system: You are a helpful assistant.
user:
Analyze the provided spectrum to determine if it is a **White Dwarf (WD)**.

A White Dwarf spectrum is defined by its **extreme purity** (due to gravitational settling) and/or **extreme pressure broadening** (due to high surface gravity). You must check for one of the following mutually exclusive signatures:

- **Key Visual Indicators (Check for ONE of these types):**

    - **1. DA-Type Signature (Most Common):**
        - **(Primary Feature):** Extreme pressure broadening (Stark broadening) of the **Hydrogen (H) Balmer lines**.
        - **(Key Lines):** $H\beta$ (approx. $4861$ Å) and $H\gamma$ (approx. $4340$ Å). $H\alpha$ (approx. $6563$ Å) will also be present if the wavelength range covers it.
        - **(Line Profile):** This is the **defining feature**. The lines are **NOT** sharp. They appear as massive, **extremely broad and deep "troughs" or "dips"** in the spectrum, often hundreds of Ångströms wide. The continuum will appear to "scoop" down at these wavelengths.
        - **(Distinction):** Normal A-type or B-type stars have *narrow* and *sharp* Hydrogen lines. A DA White Dwarf's lines are unmistakably "smeared" or "blurry" from pressure.

    - **2. DB-Type Signature:**
        - **(Primary Feature):** Broad absorption lines from **Neutral Helium (He I)**. The spectrum must lack any visible Hydrogen lines.
        - **(Key Lines):** Look for broad absorption near $4471$ Å, $4921$ Å, and $5876$ Å.
        - **(Line Profile):** These lines are also significantly pressure-broadened, appearing much wider than they would in a normal B-type main-sequence star.

    - **3. DC-Type Signature:**
        - **(Primary Feature):** A **featureless continuous spectrum**.
        - **(Line Profile):** The spectrum is a smooth curve with **no significant absorption or emission lines**.
        - **(Key Confirmation):** The continuum is almost always **blue or white**, indicating a hot object. This signature implies the atmosphere is so pure (or so cool) that no spectral lines are visible in the optical range. Its WD identity is confirmed by its extremely low intrinsic brightness (high absolute magnitude).

    - **4. DZ-Type Signature (Metal-Polluted):**
        - **(Primary Feature):** **Isolated, narrow metal absorption lines** on an otherwise featureless (DC-like) continuum.
        - **(Key Lines):** The **Calcium (Ca II) H & K doublet** (approx. **$3934$ Å** and **$3968$ Å**) is the most common and defining feature.
        - **(Line Profile):** These lines are "out of place." They are *not* part of a "forest" of thousands of lines. This signature is evidence of recent *accretion* (pollution) from rocky debris.
        - **(Distinction):** Normal G/K/M stars have a *dense forest* of thousands of metal lines. A DZ has a *clean* continuum with *only a few* strong metal lines.

    - **5. DQ-Type Signature (Carbon-Polluted):**
        - **(Primary Feature):** Absorption bands from **Carbon (C₂ "Swan Bands" or atomic C I)**.
        - **(Key Lines - C₂):** Look for bandheads with a "saw-tooth" shape near $5635$ Å, **$5165$ Å** (strongest), and $4737$ Å.
        - **(Key Confirmation):** The underlying **continuum must be blue or white** (hot).
        - **(Distinction):** This is the critical difference from a **Carbon Star**, which has the *exact same* C₂ bands but on an extremely **red, cool** continuum.

- **(Overall Spectrum):**
    - The continuum (overall shape) is typically **blue-sloping** (brighter in the blue than the red), as most white dwarfs are very hot.
    - The spectrum will look "pure" or "simple," dominated by only *one* of the five signatures listed above.

Think first, call **spectral_visualization_tool** if needed to examine features in detail, then provide your final answer. Your response must adhere to the following strict rules:
1.  **Overall Structure:** Your response must follow the format `<think>...</think> <tool_call>...</tool_call> (if a tool is used) <answer>...</answer>`.
2.  **Tool Usage Constraint:** You may only make **one** tool call per turn.
3.  **Final Answer Format:** In the `<answer>` tag, your conclusion must be inside a `\boxed{}` command (e.g., `\boxed{YES}` or `\boxed{NO}`), followed by your justification.

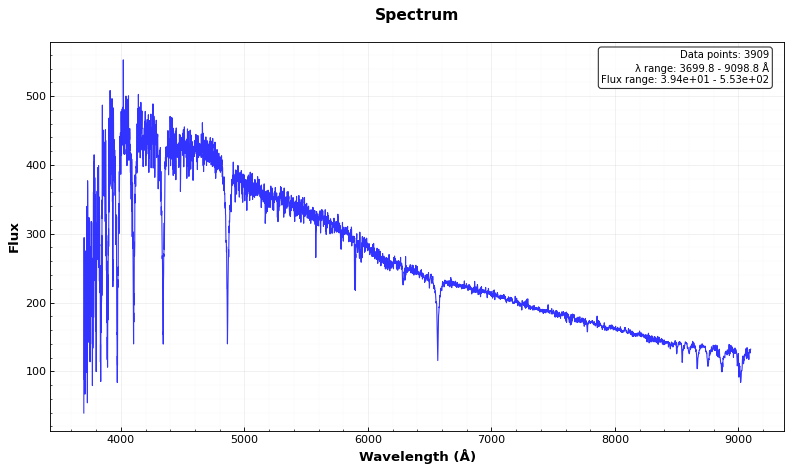
Answer: NO